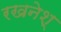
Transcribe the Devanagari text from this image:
रखनेश्